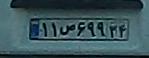
۱۱ص۶۹۹۳۴